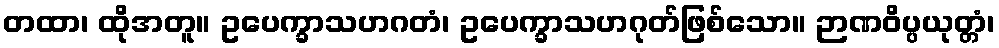
တထာ၊ ထိုအတူ။ ဥပေက္ခာသဟဂတံ၊ ဥပေက္ခာသဟဂုတ်ဖြစ်သော။ ဉာဏဝိပ္ပယုတ္တံ၊